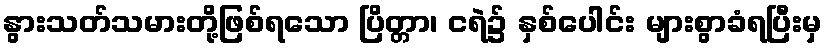
နွားသတ်သမားတို့ဖြစ်ရသော ပြိတ္တာ၊ ငရဲ၌ နှစ်ပေါင်း များစွာခံရပြီးမှ